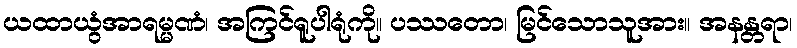
ယထာယွံအာရမ္မဏံ၊ အကြင်ရူပါရုံကို။ ပဿတော၊ မြင်သောသူအား။ အနန္တရာ၊